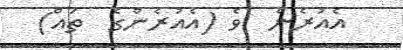
އެއުރެން  ވެ (އެއުރެންގެ  ތައް)